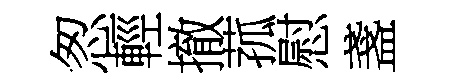
怱輕撤菰慰盞